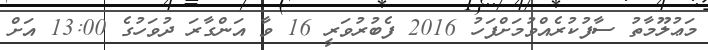
މަޢުލޫމާތު ސާފުކުރެއްވުމަށްފަހު 2016 ފެބުރުވަރީ 16 ވާ އަންގާރަ ދުވަހުގެ 13:00 އަށް